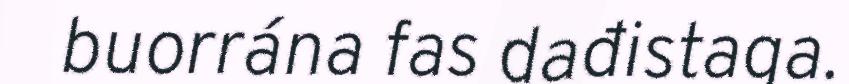
buorrána fas dađistaga.